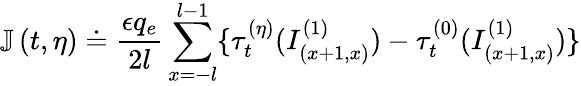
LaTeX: \mathbb{J}\left(t,\eta\right)\doteq\frac{\epsilon q_{e}}{2l}\sum_{x=-l}^{l-1}\{ \tau_{t}^{(\eta)}(I_{\left(x+1,x\right)}^{(1)})-\tau_{t}^{(0)}(I_{\left(x+1,x\right)}^{(1)})\}